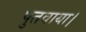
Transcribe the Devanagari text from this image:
पुतवाया।